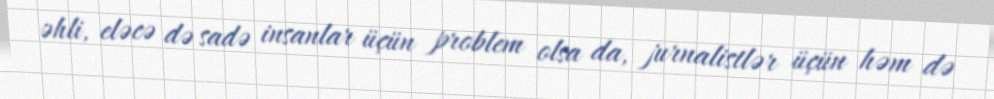
əhli, eləcə də sadə insanlar üçün problem olsa da, jurnalistlər üçün həm də